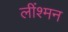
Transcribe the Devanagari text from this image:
लींश्मन